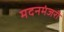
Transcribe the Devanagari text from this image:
मदनमंजरी